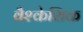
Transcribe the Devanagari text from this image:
वैश्केशिक